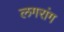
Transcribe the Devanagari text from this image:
लगरांग